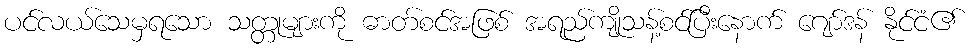
ပင်လယ်သေမှရသော သတ္တုများကို ဓာတ်စင်အဖြစ် အရည်ကျိုသန့်စင်ပြီးနောက် ဂျော်ဒန် နိုင်ငံ၏